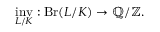
{ \underset { L / K } { \operatorname { i n v } } } : \operatorname { B r } ( L / K ) \rightarrow \mathbb { Q } / \mathbb { Z } .